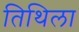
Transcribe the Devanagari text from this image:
तिथिला